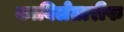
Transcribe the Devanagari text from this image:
काबिलेतारीफ